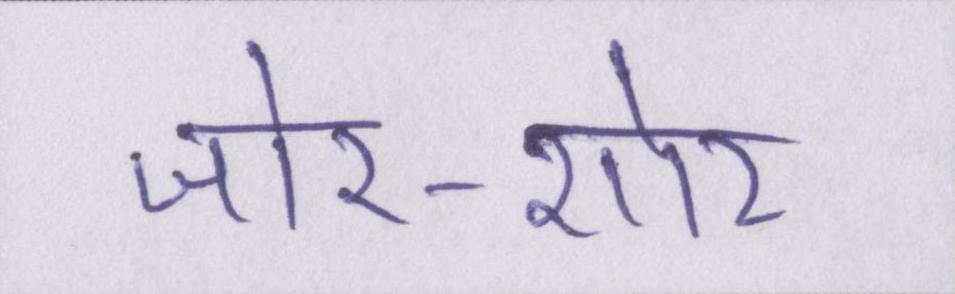
जोर-शोर